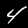
Label: 4